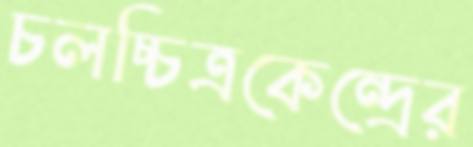
চলচ্চিত্রকেন্দ্রের